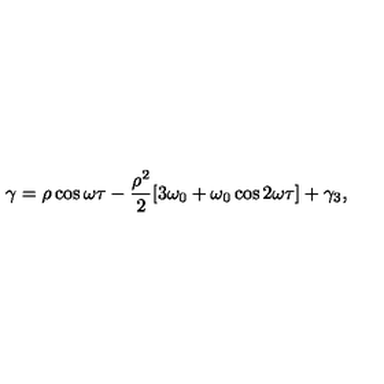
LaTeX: \gamma = \rho \cos \omega \tau - \frac { \rho ^ { 2 } } { 2 } [ 3 \omega _ { 0 } + \omega _ { 0 } \cos 2 \omega \tau ] + \gamma _ { 3 } ,